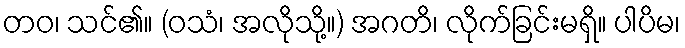
တဝ၊ သင်၏။ (ဝသံ၊ အလိုသို့။) အဂတိ၊ လိုက်ခြင်းမရှိ။ ပါပိမ၊